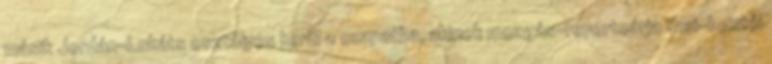
másik Jordán-Lukáts osztályos kerül a csapatba, akinek mozgás-repertoárja thai-boxtól